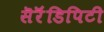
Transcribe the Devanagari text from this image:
सॆरॆंडिपिटी